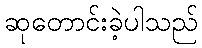
ဆုတောင်းခဲ့ပါသည်